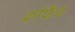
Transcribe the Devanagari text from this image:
क्रोफैब